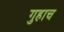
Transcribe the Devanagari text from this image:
गुहाच